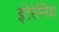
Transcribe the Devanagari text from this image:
इंटेरेम्निया